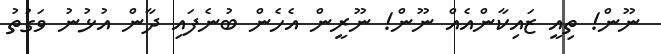
ނޫން! ތިއީ ޒައިކާންއެއް ނޫން! ނޫރީން އެހެން ބުނެފައި ދާން އުޅުނު ވަގުތު